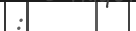
: